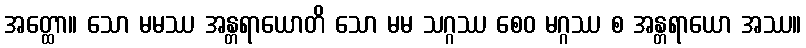
အတ္ထော။ သော မမဿ အန္တရာယောတိ သော မမ သဂ္ဂဿ စေဝ မဂ္ဂဿ စ အန္တရာယော အဿ။